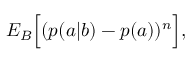
{ E } _ { B } \Big [ ( p ( a | b ) - p ( a ) ) ^ { n } \Big ] ,